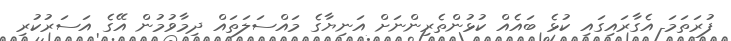
ފުރަތަމަ އެގާރައިގައި ކުޅެ ބައެއް ކުޅުންތެރިންނަށް އަނިޔާގެ މައްސަލަތައް ދިމާވުމުން އޭގެ އަސަރުކުރި